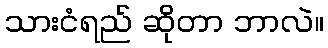
သားငံရည် ဆိုတာ ဘာလဲ။